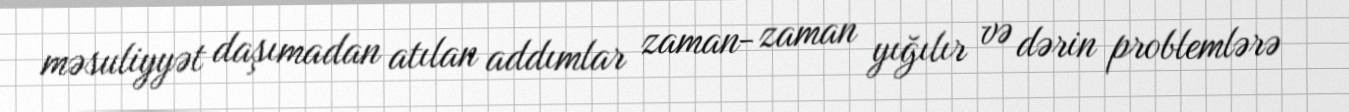
məsuliyyət daşımadan atılan addımlar zaman- zaman yığılır və dərin problemlərə